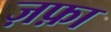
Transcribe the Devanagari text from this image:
ज़फ़ा